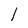
Character: l